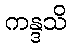
ကန္ဒသိ